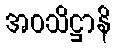
အဝသိဋ္ဌာနိ